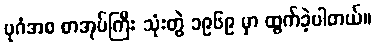
ပုဂံအစ စာအုပ်ကြီး သုံးတွဲ ၁၉၆၉ မှာ ထွက်ခဲ့ပါတယ်။